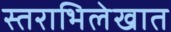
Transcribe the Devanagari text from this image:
स्तराभिलेखात